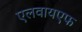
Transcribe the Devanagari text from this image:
एलवायएफ